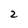
Character: 2